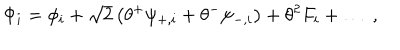
LaTeX: \Phi _ { i } = \phi _ { i } + \sqrt { 2 } \left( \theta ^ { + } \psi _ { + , i } + \theta ^ { - } \psi _ { - , i } \right) + \theta ^ { 2 } F _ { i } + \ldots \ ,